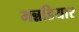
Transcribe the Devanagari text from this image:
मन्नडियार